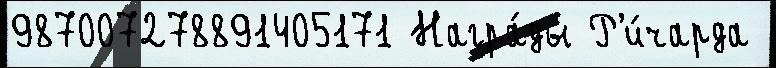
987007278891405171 Награ́ды Р'и́чарда